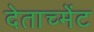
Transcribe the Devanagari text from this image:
देताच्मेंट